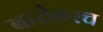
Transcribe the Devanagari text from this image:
बारोबरच